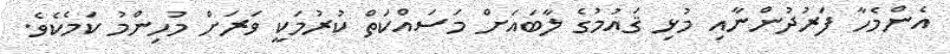
އެންމެހާ ފަރުދުންނާއި މުޅި ޤައުމުގެ ލާބައަށް މަސައްކަތް ކުރުމަކީ ވަރަށް މުހިންމު ކަމެކެވެ.